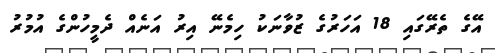
އޭގެ ތެރޭގައި 18 އަހަރުގެ ޒުވާނަކު ހިމެނޭ އިރު އަނެއް ދެމީހުންގެ އުމުރު